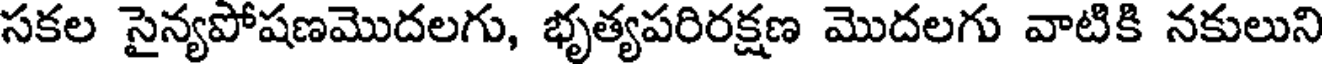
సకల సైన్యపోషణమొదలగు, భృత్యపరిరక్షణ మొదలగు వాటికి నకులుని